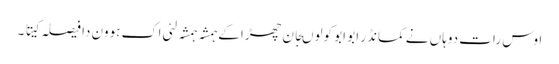
اوس رات دوہاں نے کمانڈر ابو ابو کولوںجان چھڑا کے ہمشہ ہمشہ لئی اک ہوون دا فیصلہ کیتا ۔